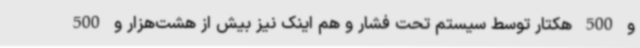
و 500 هکتار توسط سیستم تحت فشار و هم اینک نیز بیش از هشت‌هزار و 500